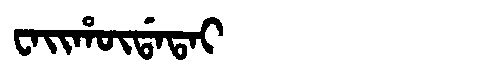
Manchu: ᠸᠠᡳᡥᡡᡩᠠᡨᠠᡳ
Romanization: WAIHŪDATAI